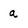
Character: a